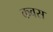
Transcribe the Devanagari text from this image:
कवस